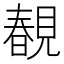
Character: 𧡲